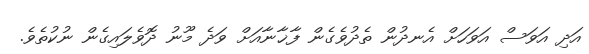
އަދި އަވަސް އަވަހަށް އެނދުން ތެދުވެގެން ފާޚާނާއަށް ވަދެ މޫނު ދޮވެލައިގެން ނުކުތެވެ.